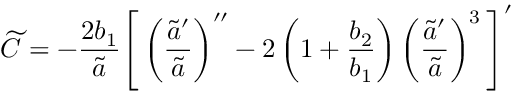
{ \widetilde C } = - \frac { 2 b _ { 1 } } { \tilde { a } } \Bigg [ \left( \frac { { \tilde { a } } ^ { \prime } } { { \tilde { a } } } \right) ^ { \prime \prime } - 2 \left( 1 + \frac { b _ { 2 } } { b _ { 1 } } \right) \left( \frac { { \tilde { a } } ^ { \prime } } { { \tilde { a } } } \right) ^ { 3 } \Bigg ] ^ { \prime }